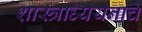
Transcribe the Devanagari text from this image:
शास्त्राध्ययनाचे